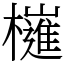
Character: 𣝤